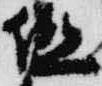
但